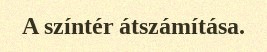
A színtér átszámítása.